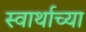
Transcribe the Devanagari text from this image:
स्वार्थाच्या